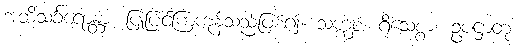
အဘိသင်္ခရောန္တာ၊ ပြုပြင်ကြကုန်သည်ဖြစ်၍။ သက္ကစ္စံ၊ ရိုသေစွာ။ ဥပဋ္ဌာတုံ၊